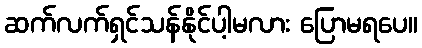
ဆက်လက်ရှင်သန်နိုင်ပါ့မလား ပြောမရပေ။